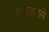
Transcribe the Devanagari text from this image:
गंगाजलसे